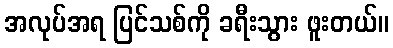
အလုပ်အရ ပြင်သစ်ကို ခရီးသွား ဖူးတယ်။